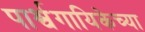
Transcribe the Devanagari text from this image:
पार्श्वगायिकेच्या